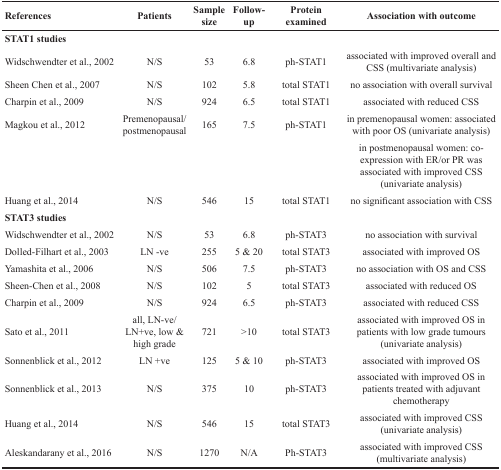
<table><thead><tr><td><b>References</b></td><td><b>Patients</b></td><td><b>Sample size</b></td><td><b>Follow-up</b></td><td><b>Protein examined</b></td><td><b>Association with outcome</b></td></tr></thead><tbody><tr><td colspan="6"><b>STAT1 studies</b></td></tr><tr><td>Widschwendter et al., 2002</td><td>N/S</td><td>53</td><td>6.8</td><td>ph-STAT1</td><td>associated with improved overall and CSS (multivariate analysis)</td></tr><tr><td>Sheen Chen et al., 2007</td><td>N/S</td><td>102</td><td>5.8</td><td>total STAT1</td><td>no association with overall survival</td></tr><tr><td>Charpin et al., 2009</td><td>N/S</td><td>924</td><td>6.5</td><td>total STAT1</td><td>associated with reduced CSS</td></tr><tr><td>Magkou et al., 2012</td><td>Premenopausal/postmenopausal</td><td>165</td><td>7.5</td><td>ph-STAT1</td><td>in premenopausal women: associated with poor OS (univariate analysis)</td></tr><tr><td></td><td></td><td></td><td></td><td></td><td>in postmenopausal women: co-expression with ER/or PR was associated with improved CSS (univariate analysis)</td></tr><tr><td>Huang et al., 2014</td><td>N/S</td><td>546</td><td>15</td><td>total STAT1</td><td>no significant association with CSS</td></tr><tr><td colspan="6"><b>STAT3 studies</b></td></tr><tr><td>Widschwendter et al., 2002</td><td>N/S</td><td>53</td><td>6.8</td><td>ph-STAT3</td><td>no association with survival</td></tr><tr><td>Dolled-Filhart et al., 2003</td><td>LN -ve</td><td>255</td><td>5 &amp; 20</td><td>total STAT3</td><td>associated with improved OS</td></tr><tr><td>Yamashita et al., 2006</td><td>N/S</td><td>506</td><td>7.5</td><td>ph-STAT3</td><td>no association with OS and CSS</td></tr><tr><td>Sheen-Chen et al., 2008</td><td>N/S</td><td>102</td><td>5</td><td>total STAT3</td><td>associated with reduced OS</td></tr><tr><td>Charpin et al., 2009</td><td>N/S</td><td>924</td><td>6.5</td><td>ph-STAT3</td><td>associated with reduced CSS</td></tr><tr><td>Sato et al., 2011</td><td>all, LN-ve/ LN+ve, low &amp; high grade</td><td>721</td><td>&gt;10</td><td>total STAT3</td><td>associated with improved OS in patients with low grade tumours (univariate analysis)</td></tr><tr><td>Sonnenblick et al., 2012</td><td>LN +ve</td><td>125</td><td>5 &amp; 10</td><td>ph-STAT3</td><td>associated with improved OS</td></tr><tr><td>Sonnenblick et al., 2013</td><td>N/S</td><td>375</td><td>10</td><td>ph-STAT3</td><td>associated with improved OS in patients treated with adjuvant chemotherapy</td></tr><tr><td>Huang et al., 2014</td><td>N/S</td><td>546</td><td>15</td><td>total STAT3</td><td>associated with improved CSS (univariate analysis)</td></tr><tr><td>Aleskandarany et al., 2016</td><td>N/S</td><td>1270</td><td>N/A</td><td>Ph-STAT3</td><td>associated with improved CSS (multivariate analysis)</td></tr></tbody></table>